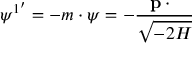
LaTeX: \psi ^ { 1 ^ { \prime } } = - m \cdot \psi = - \frac { { \bf p \cdot \psi } } { \sqrt { - 2 H } }